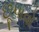
છૂપાવો